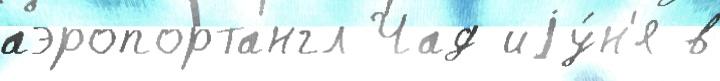
аэропортангл Чад иjу́н'я в